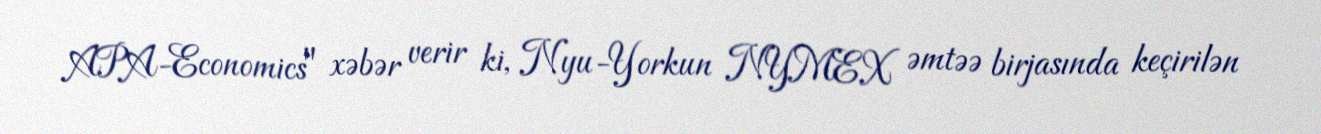
APA-Economics" xəbər verir ki, Nyu-Yorkun NYMEX əmtəə birjasında keçirilən